Scottish Leaving Certificate Examination, 1956
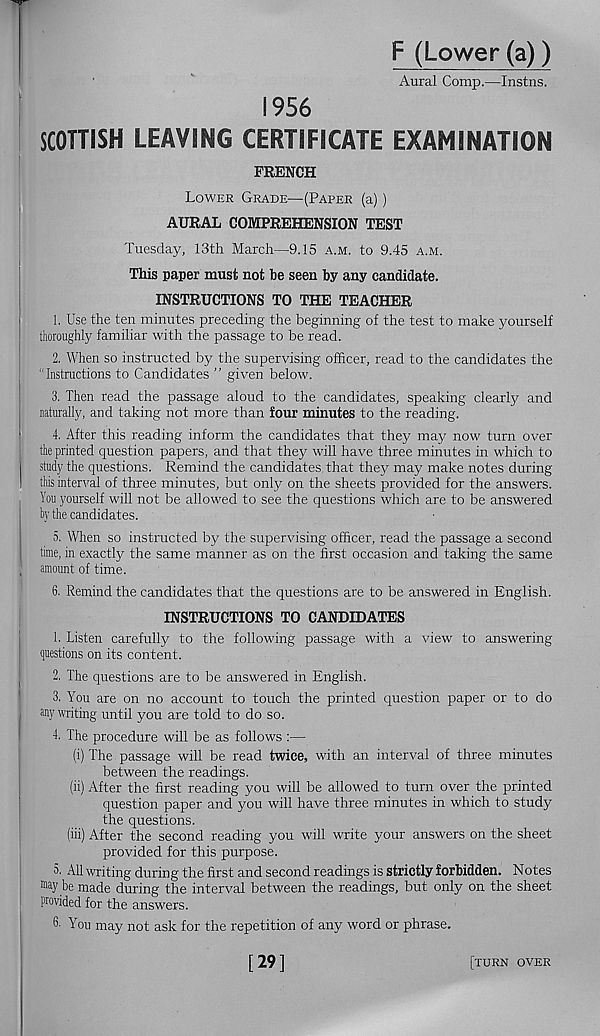
F (Lower (a))
Aural Comp.—Instns.
1956
SCOTTISH LEAVING CERTIFICATE EXAMINATION
FRENCH
Lower Grade—(Paper (a))
AURAL COMPREHENSION TEST
Tuesday, 13th March—9.15 a.m. to 9.45 a.m.
This paper must not he seen by any candidate.
INSTRUCTIONS TO THE TEACHER
1. Use the ten minutes preceding the beginning of the test to make yourself
thoroughly familiar with the passage to be read.
2. When so instructed by the supervising officer, read to the candidates the
“Instructions to Candidates ” given below.
3. Then read the passage aloud to the candidates, speaking clearly and
naturally, and taking not more than four minutes to the reading.
4. After this reading inform the candidates that they may now turn over
the printed question papers, and that they will have three minutes in which to
study the questions. Remind the candidates, that they may make notes during
this interval of three minutes, but only on the sheets provided for the answers.
You yourself will not be allowed to see the questions which are to be answered
by the candidates.
5. When so instructed by the supervising officer, read the passage a second
time, in exactly the same manner as on the first occasion and taking the same
amount of time.
6. Remind the candidates that the questions are to be answered in English.
INSTRUCTIONS TO CANDIDATES
1. Listen carefully to the following passage with a view to answering
questions on its content.
2. The questions are to be answered in English.
3. You are on no account to touch the printed question paper or to do
any writing until you are told to do so.
4. The procedure will be as follows :—
(i) The passage will be read twice, with an interval of three minutes
between the readings.
(ii) After the first reading you will be allowed to turn over the printed
question paper and you will have three minutes in which to study
the questions.
(iii) After the second reading you will write your answers on the sheet
provided for this purpose.
5. All writing during the first and second readings is strictly forbidden. Notes
“tty be made during the interval between the readings, but only on the sheet
provided for the answers.
You may not ask for the repetition of any word or phrase.
[29]
[turn over